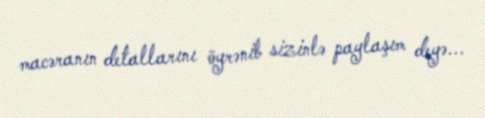
macəranın detallarını öyrənib sizinlə paylaşım deyə...